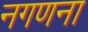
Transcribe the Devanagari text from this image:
नगणना